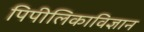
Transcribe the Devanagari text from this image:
पिपीलिकाविज्ञान